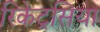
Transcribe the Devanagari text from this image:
रिकेट्रसिया